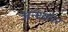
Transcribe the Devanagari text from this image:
अन्ध्कार